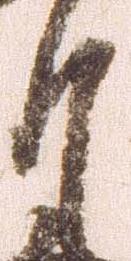
月